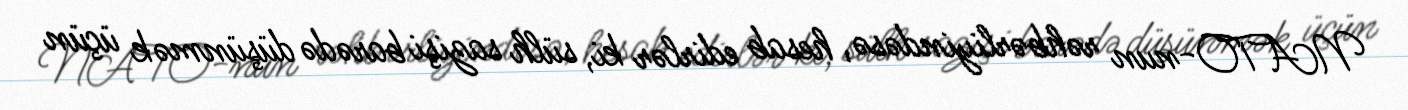
NATO-nun rəhbərliyindəsə, hesab edirlər ki, sülh sazişi barədə düşünmək üçün